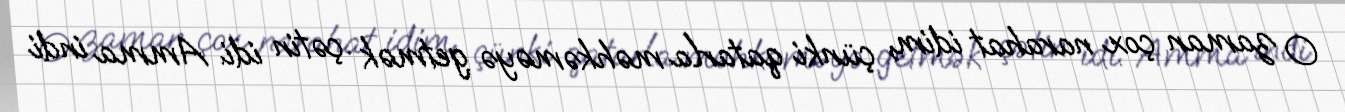
O zaman çox narahat idim, çünki qatarla məhkəməyə getmək çətin idi. Amma indi